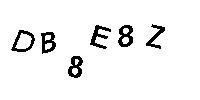
DB8E8Z